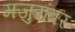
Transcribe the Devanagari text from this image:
मजुरांवर